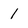
Character: 1